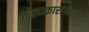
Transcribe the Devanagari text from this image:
कलाकारांविषयी